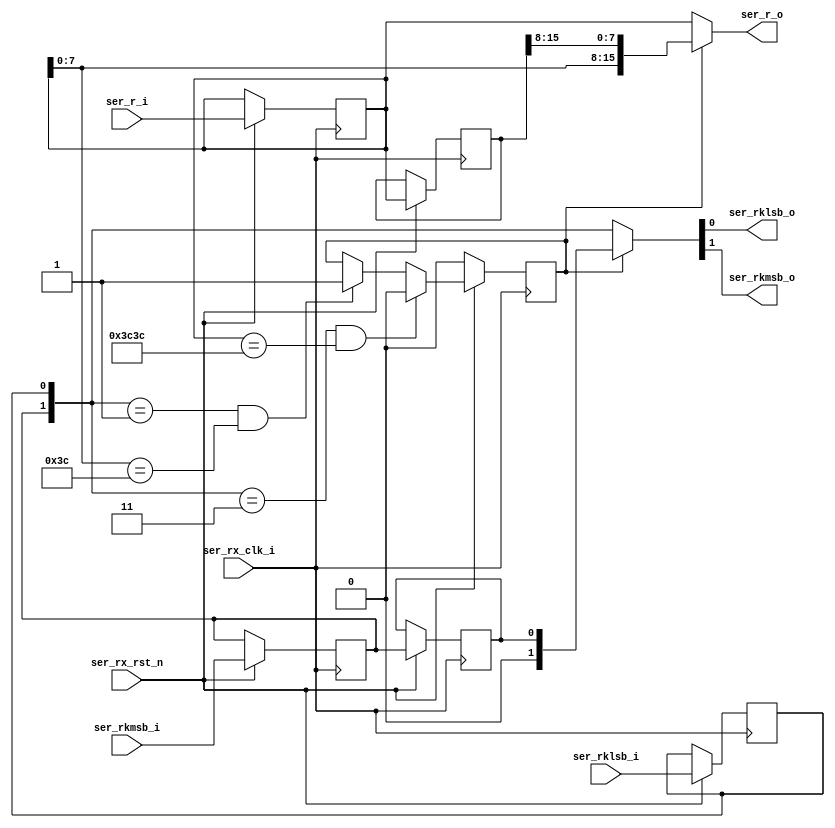
`timescale 1ns / 1ps
//////////////////////////////////////////////////////////////////////////////////

module byte_align
  (   
   input ser_rx_clk_i,
   input ser_rx_rst_n,
   input [15:0] ser_r_i,
   input ser_rklsb_i,
   input ser_rkmsb_i,

   output [15:0] ser_r_o,
   output ser_rklsb_o,
   output ser_rkmsb_o
      );

   reg  [15:0] ser_r_int;
   reg 	       ser_rklsb_int, ser_rkmsb_int;
   reg         rx_odd_aligned;
   reg  last_rklsb;
   reg  last_rkmsb;
   reg  [15:0] last_rxdata;
   wire [1:0]  rxcharisk0_i;
   wire [15:0] rx_odd_aligned_data;
   wire [15:0] rx_aligned_data;
   wire [15:0] rxdata0_i;
   wire [1:0] rx_aligned_charisk ;

   
   assign rxdata0_i = ser_r_int;
   assign rxcharisk0_i = {ser_rkmsb_int, ser_rklsb_int}; 
  // assign rx_odd_aligned_data = {last_rxdata[7:0],ser_r_int[15:8]};
  // assign rx_odd_aligned_charisk = {last_rklsb,  ser_rkmsb_int};
   assign rx_odd_aligned_data = {ser_r_int[7:0],last_rxdata[15:8]};
   assign rx_odd_aligned_charisk = {  ser_rklsb_int, last_rkmsb};
   assign rx_aligned_data = (rx_odd_aligned == 1'b1) ? rx_odd_aligned_data : rxdata0_i;
   assign rx_aligned_charisk = (rx_odd_aligned == 1'b1) ? rx_odd_aligned_charisk : rxcharisk0_i;
   assign ser_r_o = rx_aligned_data;
   assign ser_rklsb_o = rx_aligned_charisk[0];
   assign ser_rkmsb_o = rx_aligned_charisk[1];

   always @(posedge ser_rx_clk_i)
     begin
        if (!ser_rx_rst_n)
          begin
             rx_odd_aligned <= 0;
          end
        else
          begin
             ser_r_int <= ser_r_i;
	     ser_rklsb_int <= ser_rklsb_i;
	     ser_rkmsb_int <= ser_rkmsb_i;
             last_rklsb <= ser_rklsb_int;
	     last_rkmsb <= ser_rkmsb_int;
	     last_rxdata <= ser_r_int;
	     
             if (rxcharisk0_i == 2'b11 && rxdata0_i == 16'h3C3C) // assume comma is only 3C
               begin
                  rx_odd_aligned <= 1'b0;
               end
             else
               if (rxcharisk0_i == 2'b01 && rxdata0_i[7:0] == 8'h3c)
                 begin
                    rx_odd_aligned <= 1'b1;
                 end
               else
                 begin
                    rx_odd_aligned <= rx_odd_aligned;
                 end
          end
     end

endmodule // u2_rev2